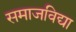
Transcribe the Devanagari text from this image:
समाजविद्या